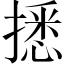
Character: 𢴑